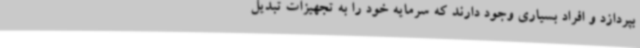
بپردازد و افراد بسیاری وجود دارند که سرمایه خود را به تجهیزات تبدیل